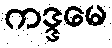
ကဒ္ဒမေ